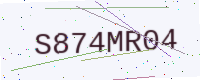
Text: S874MR04